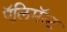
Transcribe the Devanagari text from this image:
ऍलिमॅन्ट